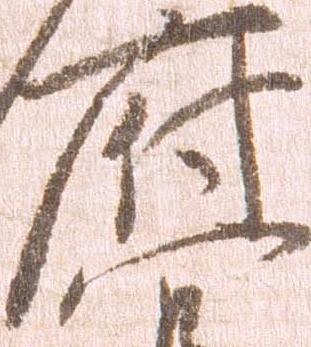
府